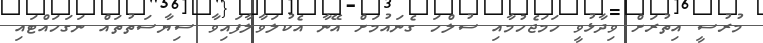
މުރުސީ އިތުރަށް ވިދާޅުވީ ހަމަޖެހުމާއި ސުލްހަ ގެނައުމަށް އޭނާ އެކުލަވާލާފައިވާ ސިޔާސަތުތައް ނަގަހައްޓައި